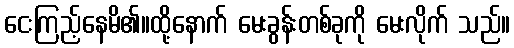
ငေးကြည့်နေမိ၏။ထို့နောက် မေးခွန်းတစ်ခုကို မေးလိုက် သည်။